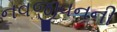
નવજીવનની